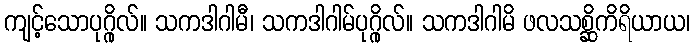
ကျင့်သောပုဂ္ဂိုလ်။ သကဒါဂါမီ၊ သကဒါဂါမ်ပုဂ္ဂိုလ်။ သကဒါဂါမိ ဖလသစ္ဆိကိရိယာယ၊